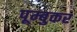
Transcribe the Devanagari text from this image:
पूम्बुकर